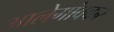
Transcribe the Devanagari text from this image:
आलेगांवकर